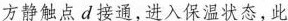
方静触点d接通，进入保温状态，此